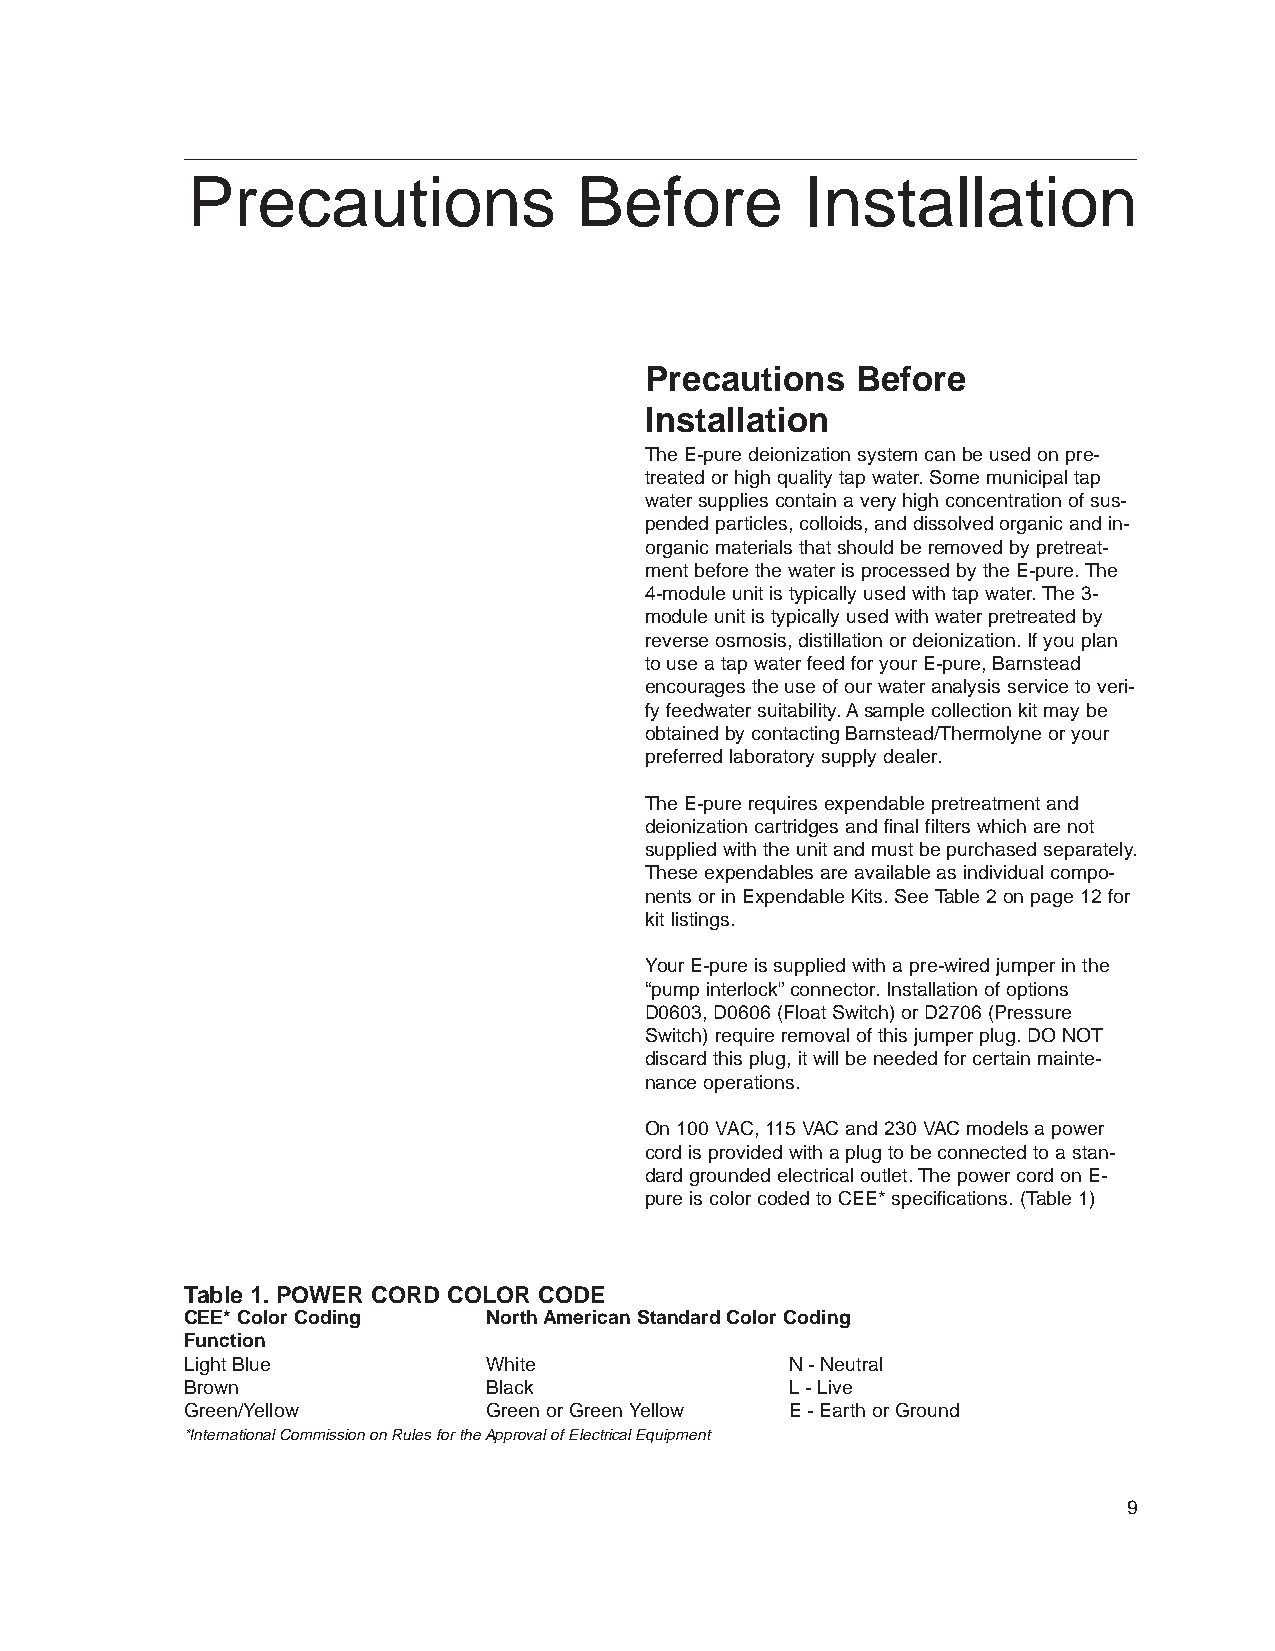
Precautions               Before         Installation
 Precautions   Before
 Installation
 The E-pure deionization system can be used on pre-
 treated or high quality tap water. Some municipal tap
 water supplies contain a very high concentration of sus-
 pended particles, colloids, and dissolved organic and in-
 organic materials that should be removed by pretreat-
 ment before the water is processed by the E-pure. The
 4-module unit is typically used with tap water. The 3-
 module unit is typically used with water pretreated by
 reverse osmosis, distillation or deionization. If you plan
 to use a tap water feed for your E-pure, Barnstead
 encourages the use of our water analysis service to veri-
 fy feedwater suitability. Asample collection kit may be
 obtained by contacting Barnstead/Thermolyne or your
 preferred laboratory supply dealer.
 The E-pure requires expendable pretreatment and
 deionization cartridges and final filters which are not
 supplied with the unit and must be purchased separately.
 These expendables are available as individual compo-
 nents or in Expendable Kits. See Table 2 on page 12 for
 kit listings.
 Your E-pure is supplied with a pre-wired jumper in the
 “pump interlock” connector. Installation of options
 D0603, D0606 (Float Switch) or D2706 (Pressure
 Switch) require removal of this jumper plug. DO NOT
 discard this plug, it will be needed for certain mainte-
 nance operations.
 On 100 VAC, 115 VAC and 230 VAC models a power
 cord is provided with a plug to be connected to a stan-
 dard grounded electrical outlet. The power cord on E-
 pure is color coded to CEE* specifications. (Table 1)
 Table 1. POWER CORD COLOR CODE
 CEE* Color Coding   North American Standard Color Coding
 Function
 Light Blue          White               N - Neutral
 Brown               Black               L- Live
 Green/Yellow        Green or Green Yellow E - Earth or Ground
 *International Commission on Rules for the Approval of Electrical Equipment
 9